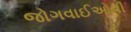
જોગવાઈઓની